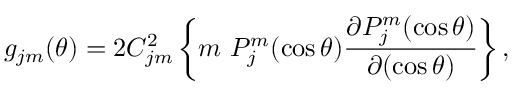
g _ { j m } ( \theta ) = 2 C _ { j m } ^ { 2 } \left\{ m ~ P _ { j } ^ { m } ( \cos \theta ) \frac { \partial P _ { j } ^ { m } ( \cos \theta ) } { \partial ( \cos \theta ) } \right\} ,